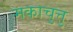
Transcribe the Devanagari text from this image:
मकाचुत्तु